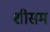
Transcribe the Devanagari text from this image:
शीसम